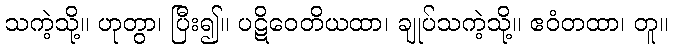
သကဲ့သို့။ ဟုတွာ၊ ပြီး၍။ ပဋိဝေတိယထာ၊ ချုပ်သကဲ့သို့။ ဧဝံတထာ၊ တူ။